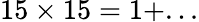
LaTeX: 15\times 15=1+...